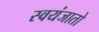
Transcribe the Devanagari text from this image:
स्वयंजातो